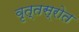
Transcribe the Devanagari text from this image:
वृत्तस्रोत